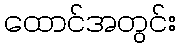
ထောင်အတွင်း